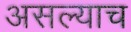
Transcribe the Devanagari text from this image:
असल्याच